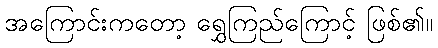
အကြောင်းကတော့ ရွှေကြည်ကြောင့် ဖြစ်၏။